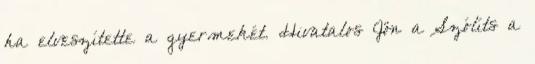
ha elveszítette a gyermekét. Hivatalos Jön a Szólíts a